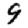
Digit: 9